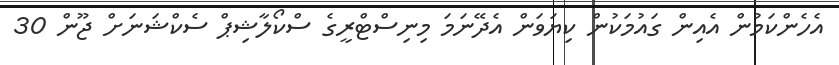
އެހެންކަމުން އެއިން ގައުމަކުން ކިޔަވަން އެދޭނަމަ މިނިސްޓްރީގެ ސްކޯލާޝިޕް ސެކްޝަނަށް ޖޫން 30